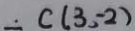
\therefore C ( 3 , - 2 )